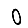
Digit: 0